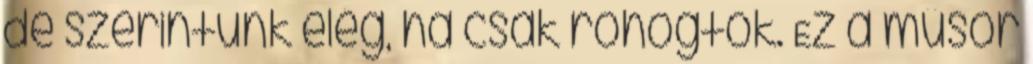
de szerintünk elég, ha csak röhögtök. Ez a műsor